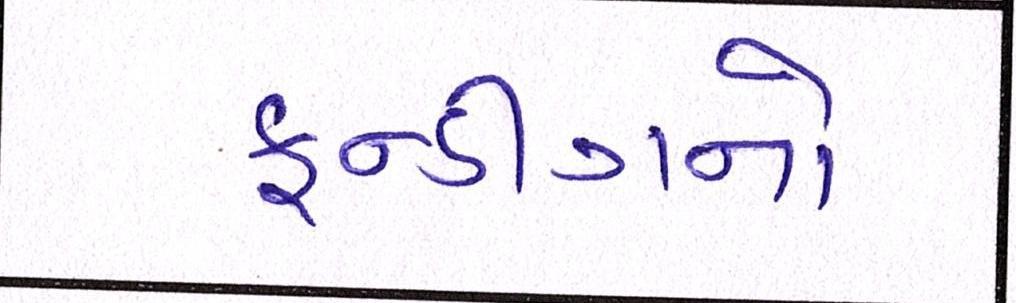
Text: ફન્ડીંગનો